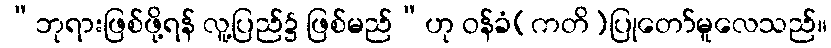
“ဘုရားဖြစ်ဖို့ရန် လူ့ပြည်၌ ဖြစ်မည်”ဟု ဝန်ခံ(ကတိ)ပြုတော်မူလေသည်။